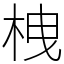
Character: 栧